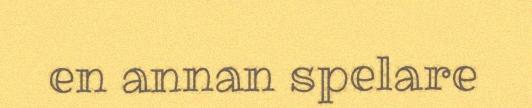
en annan spelare